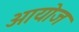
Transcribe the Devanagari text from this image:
आयोज